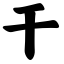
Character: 干